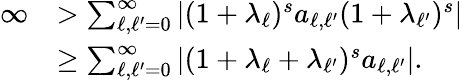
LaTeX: \begin{array}{rl}{\infty}&{>\sum_{\ell,\ell^{\prime}=0}^{\infty}\vert(1+\lambda_{\ell})^{s}a_{\ell,\ell^{\prime}}(1+\lambda_{\ell^{\prime}})^{s}\vert}\\ &{\geq\sum_{\ell,\ell^{\prime}=0}^{\infty}\vert(1+\lambda_{\ell}+\lambda_{\ell^{\prime}})^{s}a_{\ell,\ell^{\prime}}\vert.}\end{array}